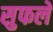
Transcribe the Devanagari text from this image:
सुफले